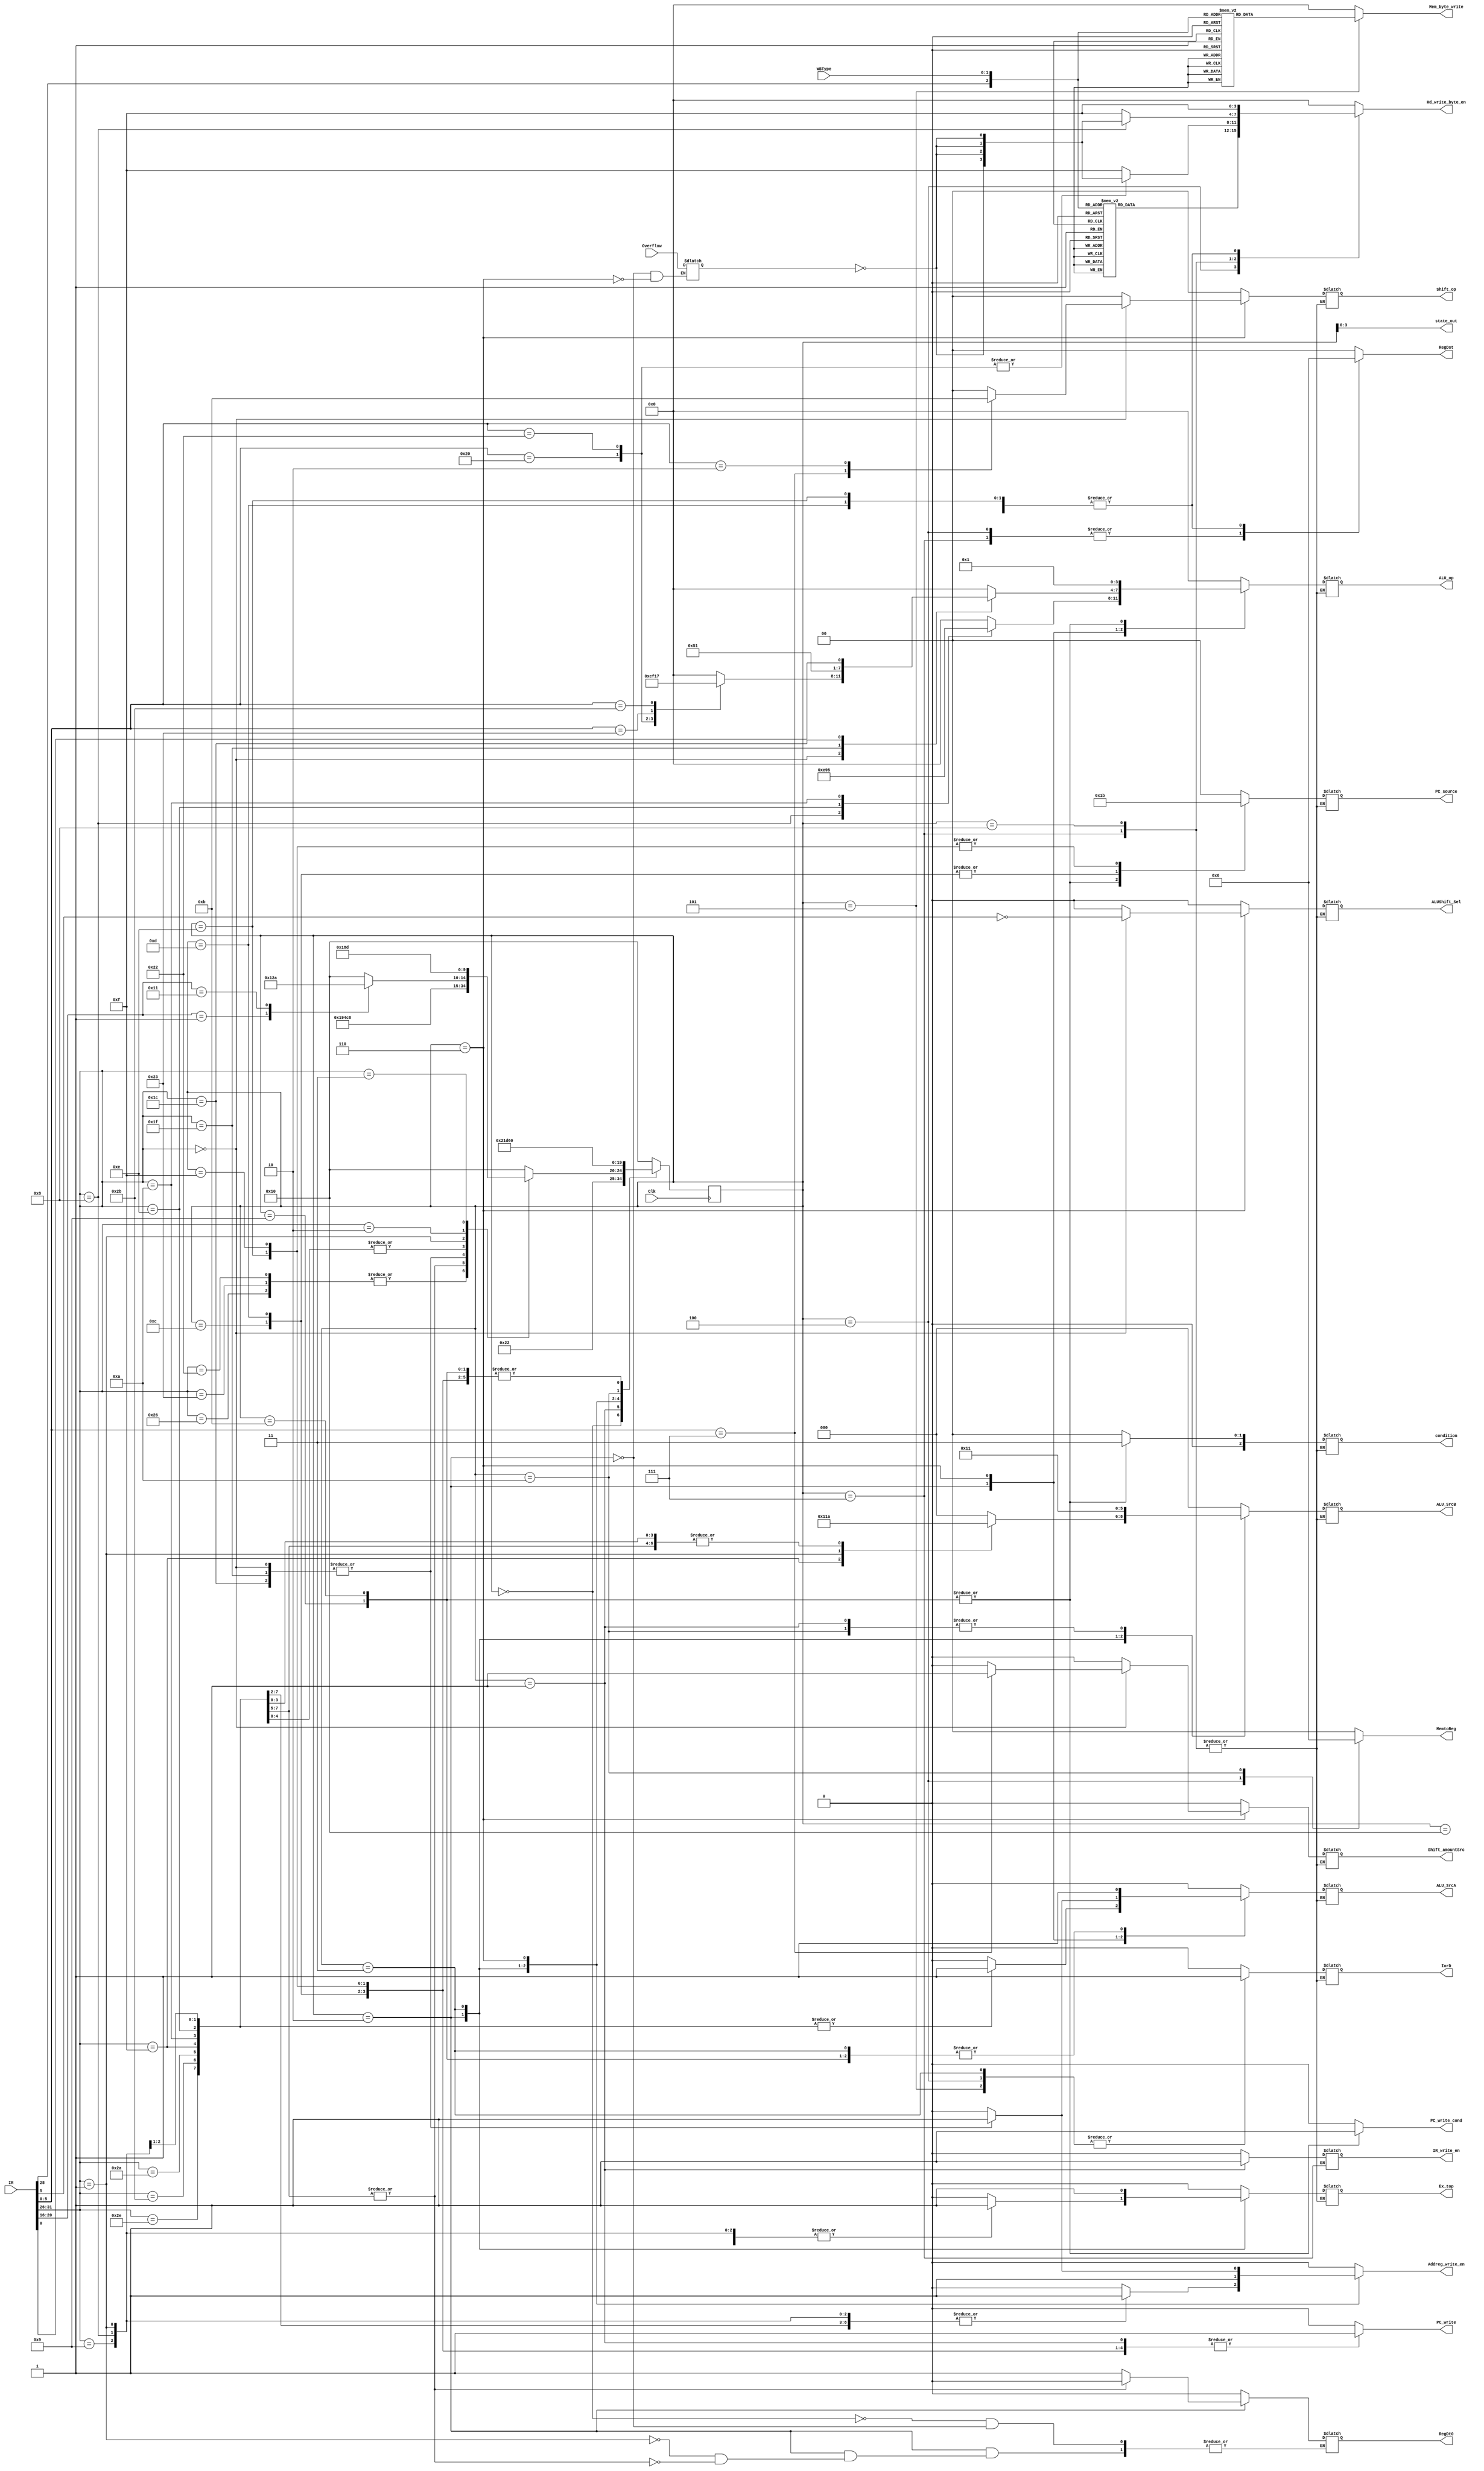
module Controller(
input Clk,Overflow,
input [31:0] IR,
input [1:0] WBType,
output reg[2:0] condition,ALU_SrcB,
output reg[3:0] ALU_op,Rd_write_byte_en,Mem_byte_write,
output reg[1:0] RegDst,MemtoReg,PC_source,Shift_op,
output reg ALU_SrcA,Ex_top,Shift_amountSrc,ALUShift_Sel,PC_write_cond,PC_write,IorD,IR_write_en,Addreg_write_en,
output reg RegDt0,
output [3:0]state_out
);
	reg _Overflow;
	wire ALU_Overflow;
	assign ALU_Overflow = _Overflow;
	// Declare state register
	reg[4:0]state;//5bit,17kinds
	initial state = 31'd16;
	// Declare states
	parameter S0 = 0, S1 = 1, S2 = 2, S3 = 3, S4 = 4, S5 = 5, S6 = 6, S7 = 7, S8 = 8, S9 = 9, S10 = 10, S11 = 11, S12 = 12, S13 = 13 , S14 = 14, S15 = 15, S16 = 16;
	assign state_out = state;
	// Determine the next state synchronously, based on the
	// current state and the input
	always @ (posedge Clk) begin
	case (state)
		S0:
			state <= S1;
		S1:
			state <= S2;
		S2:
			case(IR[31:26])
			6'b100010,6'b100011,6'b100110:state <= S3;//lwlwl/r
			6'b101010,6'b101011,6'b101110:state <= S5;//swswl/r
			6'b000000,6'b011111,6'b011100:state <= S6;//R
			6'b001000,6'b001001,6'b001110,6'b001010,6'b001111:state <= S8;//I
			6'b000001:
				case(IR[20:16])
					5'b00001:state <= S9;//Branch
					5'b10001:state <= S10;//Branch_process
					default:state <= S16;
				endcase
			6'b000010:state <= S12;//J
			6'b000011:state <= S13;//Jal
			6'b000001:
				case(IR[31:26])
					6'b001001:	state <= S14;//Jalr
					6'b001000:	state <= S15;//Jr
					default:state <= S16;
				endcase
				
			default:state <= S16;
			endcase
		S3:
			state <= S4;
		S4:
			state <= S0;
		S5:
			state <= S0;
		S6:
			state <= S7;
		S7:
			state <= S0;
		S8:
			state <= S0;
		S9:
			state <= S0;
		S10:
			state <= S11;
		S11:
			state <= S0;
		S12:
			state <= S0;
		S13:
			state <= S0;
		S14:
			state <= S0;
		S15:
			state <= S0;
		S16:
			state <= S0;
		default:
			state <= S16;
	endcase
	end

	// Determine the output based only on the current state
	// and the input (do not wait for a clock edge).
	always @(state)
	begin
			case (state)
			S0:
			begin
				condition = 3'b000;ALU_SrcB = 3'b000;
				ALU_op = 4'b0000;Rd_write_byte_en = 4'b0000;Mem_byte_write = 4'b0000;
				RegDst = 2'b00; MemtoReg = 2'b00;PC_source = 2'b00;IR_write_en = 1'b0;Addreg_write_en = 1'b0;
				ALU_SrcA = 1'b0;Ex_top = 1'b0;Shift_op = 2'b00;Shift_amountSrc = 1'b0;ALUShift_Sel = 1'b0;PC_write_cond = 1'b0;PC_write = 1'b0;IorD = 1'b0; 
				RegDt0 = 1'b0;
			end	
			S1:
			begin
				condition = 3'b000;ALU_SrcB = 3'b001;
				ALU_op = 4'b0000;Rd_write_byte_en = 4'b0000;Mem_byte_write = 4'b0000;
				RegDst = 2'b00; MemtoReg = 2'b00;PC_source = 2'b00;IR_write_en = 1'b1;Addreg_write_en = 1'b0;
				ALU_SrcA = 1'b0;Ex_top = 1'b0;Shift_op = 2'b00;Shift_amountSrc = 1'b0;ALUShift_Sel = 1'b0;PC_write_cond = 1'b0;PC_write = 1'b1;IorD = 1'b0; 
			end
			S2:
			begin
				case(IR[31:26])
				6'b001000:
				begin
					condition = 3'b000;ALU_SrcB = 3'b010;
					ALU_op = 4'b1110;Rd_write_byte_en = 4'b0000;Mem_byte_write = 4'b0000;
					RegDst = 2'b00; MemtoReg = 2'b00;PC_source = 2'b00;IR_write_en = 1'b0;Addreg_write_en = 1'b1;
					ALU_SrcA = 1'b1;Ex_top = 1'b1;Shift_op = 2'b00;Shift_amountSrc = 1'b0;ALUShift_Sel = 1'b0;PC_write_cond = 1'b0;PC_write = 1'b0;IorD = 1'b0; 
				end
				6'b001001:
				begin
					condition = 3'b000;ALU_SrcB = 3'b010;
					ALU_op = 4'b0000;Rd_write_byte_en = 4'b0000;Mem_byte_write = 4'b0000;
					RegDst = 2'b00; MemtoReg = 2'b00;PC_source = 2'b00;IR_write_en = 1'b0;Addreg_write_en = 1'b1;
					ALU_SrcA = 1'b1;Ex_top = 1'b1;Shift_op = 2'b00;Shift_amountSrc = 1'b0;ALUShift_Sel = 1'b0;PC_write_cond = 1'b0;PC_write = 1'b0;IorD = 1'b0; 
				end
				6'b001110:
				begin
					condition = 3'b000;ALU_SrcB = 3'b010;
					ALU_op = 4'b1001;Rd_write_byte_en = 4'b0000;Mem_byte_write = 4'b0000;
					RegDst = 2'b00; MemtoReg = 2'b00;PC_source = 2'b00;IR_write_en = 1'b0;Addreg_write_en = 1'b1;
					ALU_SrcA = 1'b1;Ex_top = 1'b0;Shift_op = 2'b00;Shift_amountSrc = 1'b0;ALUShift_Sel = 1'b0;PC_write_cond = 1'b0;PC_write = 1'b0;IorD = 1'b0; 
				end
				6'b001010:
				begin
					condition = 3'b000;ALU_SrcB = 3'b010;
					ALU_op = 4'b0101;Rd_write_byte_en = 4'b0000;Mem_byte_write = 4'b0000;
					RegDst = 2'b00; MemtoReg = 2'b00;PC_source = 2'b00;IR_write_en = 1'b0;Addreg_write_en = 1'b1;
					ALU_SrcA = 1'b1;Ex_top = 1'b1;Shift_op = 2'b00;Shift_amountSrc = 1'b0;ALUShift_Sel = 1'b0;PC_write_cond = 1'b0;PC_write = 1'b0;IorD = 1'b0; 
				end
				6'b001111:
				begin
					condition = 3'b000;ALU_SrcB = 3'b100;
					ALU_op = 4'b0000;Rd_write_byte_en = 4'b0000;Mem_byte_write = 4'b0000;
					RegDst = 2'b00; MemtoReg = 2'b00;PC_source = 2'b00;IR_write_en = 1'b0;Addreg_write_en = 1'b1;
					ALU_SrcA = 1'b1;Ex_top = 1'b0;Shift_op = 2'b00;Shift_amountSrc = 1'b0;ALUShift_Sel = 1'b0;PC_write_cond = 1'b0;PC_write = 1'b0;IorD = 1'b0; 
				end
				6'b000001://Branch
				begin
					condition = 3'b000;ALU_SrcB = 3'b011;
					ALU_op = 4'b0000;Rd_write_byte_en = 4'b0000;Mem_byte_write = 4'b0000;
					RegDst = 2'b00; MemtoReg = 2'b00;PC_source = 2'b00;IR_write_en = 1'b0;Addreg_write_en = 1'b1;
					ALU_SrcA = 1'b0;Ex_top = 1'b1;Shift_op = 2'b00;Shift_amountSrc = 1'b0;ALUShift_Sel = 1'b0;PC_write_cond = 1'b0;PC_write = 1'b0;IorD = 1'b0; 
					RegDt0 = 1'b1;
				end
				6'b101010,6'b101011,6'b101110://sw
				begin
					condition = 3'b000;ALU_SrcB = 3'b010;
					ALU_op = 4'b0000;Rd_write_byte_en = 4'b0000;Mem_byte_write = 4'b0000;
					RegDst = 2'b00; MemtoReg = 2'b00;PC_source = 2'b00;IR_write_en = 1'b0;Addreg_write_en = 1'b1;
					ALU_SrcA = 1'b1;Ex_top = 1'b1;Shift_op = 2'b00;Shift_amountSrc = 1'b0;ALUShift_Sel = 1'b0;PC_write_cond = 1'b0;PC_write = 1'b0;IorD = 1'b0; 
					RegDt0 = 1'b0;
				end
				default:
				begin
					condition = 3'b000;ALU_SrcB = 3'b000;
					ALU_op = 4'b0000;Rd_write_byte_en = 4'b0000;Mem_byte_write = 4'b0000;
					RegDst = 2'b00; MemtoReg = 2'b00;PC_source = 2'b00;IR_write_en = 1'b0;Addreg_write_en = 1'b0;
					ALU_SrcA = 1'b0;Ex_top = 1'b0;Shift_op = 2'b00;Shift_amountSrc = 1'b0;ALUShift_Sel = 1'b0;PC_write_cond = 1'b0;PC_write = 1'b0;IorD = 1'b0; 
				end
				endcase
				_Overflow = Overflow;
			end		
			S3:
			begin
				condition = 3'b000;ALU_SrcB = 3'b010;
				ALU_op = 4'b0000;Rd_write_byte_en = 4'b0000;Mem_byte_write = 4'b0000;
				RegDst = 2'b00; MemtoReg = 2'b00;PC_source = 2'b00;IR_write_en = 1'b0;Addreg_write_en = 1'b1;
				ALU_SrcA = 1'b1;Ex_top = 1'b1;Shift_op = 2'b00;Shift_amountSrc = 1'b0;ALUShift_Sel = 1'b0;PC_write_cond = 1'b0;PC_write = 1'b0;IorD = 1'b1; 
			end	
			S4:
			begin
				condition = 3'b000;ALU_SrcB = 3'b000;
				ALU_op = 4'b0000;Mem_byte_write = 4'b0000;//Rd_write_byte_en = 4'b1111;
				RegDst = 2'b01; MemtoReg = 2'b01;PC_source = 2'b00;IR_write_en = 1'b0;Addreg_write_en = 1'b0;
				ALU_SrcA = 1'b0;Ex_top = 1'b0;Shift_op = 2'b00;Shift_amountSrc = 1'b0;ALUShift_Sel = 1'b0;PC_write_cond = 1'b0;PC_write = 1'b0;IorD = 1'b1; 
				case({IR[28],WBType})
					3'b000:Rd_write_byte_en = 4'b1111;
					3'b001:Rd_write_byte_en = 4'b1110;
					3'b010:Rd_write_byte_en = 4'b1100;
					3'b011:Rd_write_byte_en = 4'b1000;
					3'b100:Rd_write_byte_en = 4'b0001;
					3'b101:Rd_write_byte_en = 4'b0011;
					3'b110:Rd_write_byte_en = 4'b0111;
					3'b111:Rd_write_byte_en = 4'b1111;
					default:Rd_write_byte_en = 4'b0000;	
				endcase
			end	
			S5:
			begin
				condition = 3'b000;ALU_SrcB = 3'b000;
				ALU_op = 4'b0000;Rd_write_byte_en = 4'b0000;//Mem_byte_write = 4'b1111;
				RegDst = 2'b00; MemtoReg = 2'b00;PC_source = 2'b00;IR_write_en = 1'b0;Addreg_write_en = 1'b0;
				ALU_SrcA = 1'b0;Ex_top = 1'b0;Shift_op = 2'b00;Shift_amountSrc = 1'b0;ALUShift_Sel = 1'b0;PC_write_cond = 1'b0;PC_write = 1'b0;IorD = 1'b1; 
				case({IR[28],WBType})
					3'b000:Mem_byte_write = 4'b1111;
					3'b001:Mem_byte_write = 4'b0111;
					3'b010:Mem_byte_write = 4'b0011;
					3'b011:Mem_byte_write = 4'b0001;
					3'b100:Mem_byte_write = 4'b1000;
					3'b101:Mem_byte_write = 4'b1100;
					3'b110:Mem_byte_write = 4'b1110;
					3'b111:Mem_byte_write = 4'b1111;
					default:Mem_byte_write = 4'b0000;	
				endcase
			end	
			S6:
			begin
			case(IR[31:26])
			6'b000000:	
			begin
				condition = 3'b000;ALU_SrcB = 3'b000;
				Rd_write_byte_en = 4'b0000;Mem_byte_write = 4'b0000;
				RegDst = 2'b00; MemtoReg = 2'b00;PC_source = 2'b00;IR_write_en = 1'b0;Addreg_write_en = 1'b1;
				ALU_SrcA = 1'b1;Ex_top = 1'b0;PC_write_cond = 1'b0;PC_write = 1'b0;IorD = 1'b0; 
				ALUShift_Sel = !IR[5];
				case(IR[5:0])
				6'b100000://Add
				begin
					ALU_op = 4'b1110;
					Shift_amountSrc = 1'b0;
					Shift_op = 2'b00;
				end
				6'b100010://Sub
				begin
					ALU_op = 4'b1111;
					Shift_amountSrc = 1'b0;
					Shift_op = 2'b00;
				end
				6'b100011://Subu
				begin
					ALU_op = 4'b0001;
					Shift_amountSrc = 1'b0;
					Shift_op = 2'b00;
				end
				6'b101011://sltu
				begin
					ALU_op = 4'b0111;
					Shift_amountSrc = 1'b0;
					Shift_op = 2'b00;
				end
				6'b000111://SRAV
				begin
					ALU_op = 4'b0000;
					Shift_amountSrc = 1'b1;
					Shift_op = 2'b10;
				end
				6'b000010://ROTR
				begin
					ALU_op = 4'b0000;
					Shift_amountSrc = 1'b0;
					Shift_op = 2'b11;
				end	
				default:
				begin
					ALU_op = 4'b0000;
					Shift_amountSrc = 1'b0;
					Shift_op = 2'b00;
				end
				endcase
			end
			6'b011111://seb
			begin
				condition = 3'b000;ALU_SrcB = 3'b000;
				Rd_write_byte_en = 4'b0000;Mem_byte_write = 4'b0000;ALUShift_Sel = 1'b0;
				RegDst = 2'b00; MemtoReg = 2'b00;PC_source = 2'b00;IR_write_en = 1'b0;Addreg_write_en = 1'b1;
				ALU_SrcA = 1'b1;Ex_top = 1'b0;PC_write_cond = 1'b0;PC_write = 1'b0;IorD = 1'b0; 	
				Shift_amountSrc = 1'b0;Shift_op = 2'b00;ALU_op = 4'b1010;
			end
			6'b011100://clo,cl0
			begin
				condition = 3'b000;ALU_SrcB = 3'b000;
				Rd_write_byte_en = 4'b0000;Mem_byte_write = 4'b0000;ALUShift_Sel = 1'b0;
				RegDst = 2'b00; MemtoReg = 2'b00;PC_source = 2'b00;IR_write_en = 1'b0;Addreg_write_en = 1'b1;
				ALU_SrcA = 1'b1;Ex_top = 1'b0;PC_write_cond = 1'b0;PC_write = 1'b0;IorD = 1'b0; 	
				Shift_amountSrc = 1'b0;Shift_op = 2'b00;ALU_op = {3'b001,IR[0]};
			end
			default:
			begin
				condition = 3'b000;ALU_SrcB = 3'b000;
				Rd_write_byte_en = 4'b0000;Mem_byte_write = 4'b0000;ALUShift_Sel = 1'b0;
				RegDst = 2'b00; MemtoReg = 2'b00;PC_source = 2'b00;IR_write_en = 1'b0;Addreg_write_en = 1'b0;
				ALU_SrcA = 1'b0;Ex_top = 1'b0;PC_write_cond = 1'b0;PC_write = 1'b0;IorD = 1'b0; 	
				Shift_amountSrc = 1'b0;Shift_op = 2'b00;ALU_op = 4'b0000;
			end
			endcase
			_Overflow = Overflow;
			end	
			S7:
			begin
				/*condition <= 3'b000;ALU_SrcB = 3'b000;
				ALU_op = 4'b0000;Mem_byte_write = 4'b0000;
				PC_source = 2'b00;IR_write_en = 1'b0;Addreg_write_en = 1'b0;
				ALU_SrcA = 1'b0;Ex_top = 1'b0;Shift_op = 2'b00;Shift_amountSrc = 1'b0;ALUShift_Sel = 1'b0;PC_write_cond = 1'b0;PC_write = 1'b0;IorD = 1'b0; 
				*/
				RegDst = 2'b01; MemtoReg = 2'b00;Mem_byte_write = 4'b0000;Addreg_write_en = 1'b0;
				PC_write_cond = 1'b0;PC_write = 1'b0;
				case(IR[5:0])
				6'b100000,6'b100010://Add,//Sub
					Rd_write_byte_en = {4{~ALU_Overflow}};
				default:Rd_write_byte_en = 4'b1111;
				endcase
			end	
			S8:
			begin
				Mem_byte_write = 4'b0000;
				RegDst = 2'b00; MemtoReg = 2'b00;IR_write_en = 1'b0;Addreg_write_en = 1'b0;
				PC_write_cond = 1'b0;PC_write = 1'b0;
				case(IR[31:26])
				6'b001000://Addi
					Rd_write_byte_en = {4{~ALU_Overflow}};
				default:Rd_write_byte_en = 4'b1111;
				endcase
			end	
			S9:
			begin
				condition = 3'b011;ALU_SrcB = 3'b000;
				ALU_op = 4'b0001;Rd_write_byte_en = 4'b0000;Mem_byte_write = 4'b0000;
				RegDst = 2'b00; MemtoReg = 2'b00;PC_source = 2'b01;IR_write_en = 1'b0;Addreg_write_en = 1'b0;
				ALU_SrcA = 1'b1;Ex_top = 1'b0;Shift_op = 2'b00;Shift_amountSrc = 1'b0;ALUShift_Sel = 1'b0;PC_write_cond = 1'b1;PC_write = 1'b0;IorD = 1'b0; 
			end	
			S10:
			begin
				condition = 3'b000;ALU_SrcB = 3'b001;
				ALU_op = 4'b0000;Rd_write_byte_en = 4'b1111;Mem_byte_write = 4'b0000;
				RegDst = 2'b10; MemtoReg = 2'b10;PC_source = 2'b00;IR_write_en = 1'b0;Addreg_write_en = 1'b0;
				ALU_SrcA = 1'b0;Ex_top = 1'b0;Shift_op = 2'b00;Shift_amountSrc = 1'b0;ALUShift_Sel = 1'b0;PC_write_cond = 1'b0;PC_write = 1'b0;IorD = 1'b0; 
			end	
			S11:
			begin
				condition = 3'b011;ALU_SrcB = 3'b000;
				ALU_op = 4'b0001;Rd_write_byte_en = 4'b0000;Mem_byte_write = 4'b0000;
				RegDst = 2'b00; MemtoReg = 2'b00;PC_source = 2'b01;IR_write_en = 1'b0;Addreg_write_en = 1'b0;
				ALU_SrcA = 1'b1;Ex_top = 1'b0;Shift_op = 2'b00;Shift_amountSrc = 1'b0;ALUShift_Sel = 1'b0;PC_write_cond = 1'b1;PC_write = 1'b0;IorD = 1'b0; 
			end	
			S12:
			begin
				condition = 3'b000;ALU_SrcB = 3'b000;
				ALU_op = 4'b0000;Rd_write_byte_en = 4'b0000;Mem_byte_write = 4'b0000;
				RegDst = 2'b00; MemtoReg = 2'b00;PC_source = 2'b10;IR_write_en = 1'b0;Addreg_write_en = 1'b0;
				ALU_SrcA = 1'b0;Ex_top = 1'b0;Shift_op = 2'b00;Shift_amountSrc = 1'b0;ALUShift_Sel = 1'b0;PC_write_cond = 1'b0;PC_write = 1'b1;IorD = 1'b0; 
			end
			S13:
			begin
				condition = 3'b000;ALU_SrcB = 3'b000;
				ALU_op = 4'b0000;Rd_write_byte_en = 4'b1111;Mem_byte_write = 4'b0000;
				RegDst = 2'b10; MemtoReg = 2'b00;PC_source = 2'b10;IR_write_en = 1'b0;Addreg_write_en = 1'b0;
				ALU_SrcA = 1'b0;Ex_top = 1'b0;Shift_op = 2'b00;Shift_amountSrc = 1'b0;ALUShift_Sel = 1'b0;PC_write_cond = 1'b0;PC_write = 1'b1;IorD = 1'b0; 
			end
			S14:
			begin
				condition = 3'b000;ALU_SrcB = 3'b000;
				ALU_op = 4'b0000;Rd_write_byte_en = 4'b1111;Mem_byte_write = 4'b0000;
				RegDst = 2'b10; MemtoReg = 2'b00;PC_source = 2'b11;IR_write_en = 1'b0;Addreg_write_en = 1'b0;
				ALU_SrcA = 1'b0;Ex_top = 1'b0;Shift_op = 2'b00;Shift_amountSrc = 1'b0;ALUShift_Sel = 1'b0;PC_write_cond = 1'b0;PC_write = 1'b1;IorD = 1'b0; 
			end
			S15:
			begin
				condition = 3'b000;ALU_SrcB = 3'b000;
				ALU_op = 4'b0000;Rd_write_byte_en = 4'b0000;Mem_byte_write = 4'b0000;
				RegDst = 2'b00; MemtoReg = 2'b00;PC_source = 2'b11;IR_write_en = 1'b0;Addreg_write_en = 1'b0;
				ALU_SrcA = 1'b0;Ex_top = 1'b0;Shift_op = 2'b00;Shift_amountSrc = 1'b0;ALUShift_Sel = 1'b0;PC_write_cond = 1'b0;PC_write = 1'b1;IorD = 1'b0; 
			end

			S16:
			begin
				condition = 3'b000;ALU_SrcB = 3'b000;
				ALU_op = 4'b0000;Rd_write_byte_en = 4'b0000;Mem_byte_write = 4'b0000;
				RegDst = 2'b00; MemtoReg = 2'b00;PC_source = 2'b00;IR_write_en = 1'b0;Addreg_write_en = 1'b0;
				ALU_SrcA = 1'b0;Ex_top = 1'b0;Shift_op = 2'b00;Shift_amountSrc = 1'b0;ALUShift_Sel = 1'b0;PC_write_cond = 1'b0;PC_write = 1'b0;IorD = 1'b0; 
			end
			
			default:
			begin
				condition = 3'b000;ALU_SrcB = 3'b000;
				ALU_op = 4'b0000;Rd_write_byte_en = 4'b0000;Mem_byte_write = 4'b0000;
				RegDst = 2'b00; MemtoReg = 2'b00;PC_source = 2'b00;IR_write_en = 1'b0;Addreg_write_en = 1'b0;
				ALU_SrcA = 1'b0;Ex_top = 1'b0;Shift_op = 2'b00;Shift_amountSrc = 1'b0;ALUShift_Sel = 1'b0;PC_write_cond = 1'b0;PC_write = 1'b0;IorD = 1'b0; 
			end
			endcase
	end

endmodule